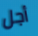
أجل